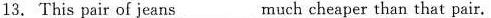
13. This pair of jeans_ much cheaper than that pair.